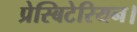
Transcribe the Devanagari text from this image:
प्रेस्बिटेरियन।